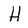
Character: H